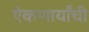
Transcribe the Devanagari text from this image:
ऐकणार्यांची